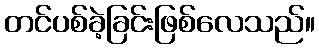
တင်ပစ်ခဲ့ခြင်းဖြစ်လေသည်။